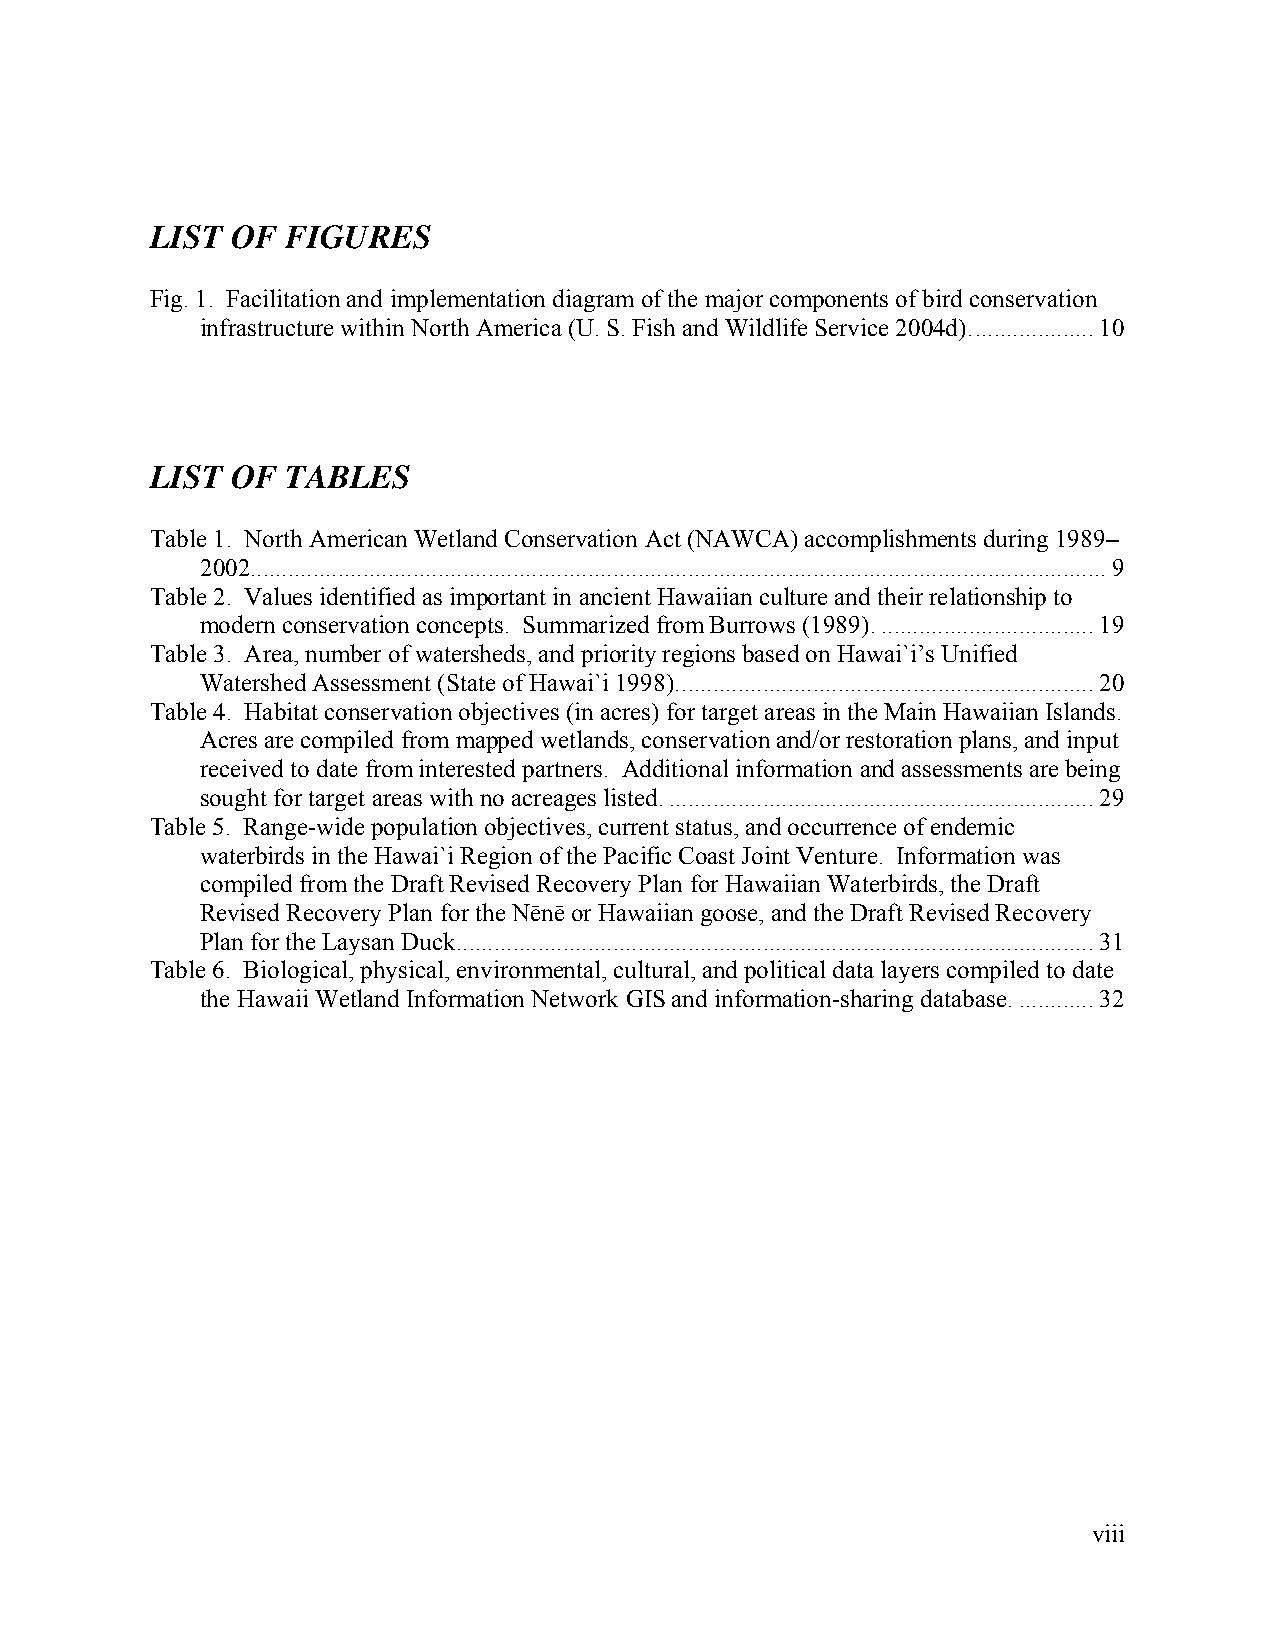
LIST OF  FIGURES
 Fig. 1. Facilitation and implementation diagram of the major components of bird conservation
 infrastructure within North America (U. S. Fish and Wildlife Service 2004d)....................10
 LIST OF  TABLES
 Table 1. North American Wetland Conservation Act (NAWCA) accomplishments during 1989–
 2002.........................................................................................................................................9
 Table 2. Values identified as important in ancient Hawaiian culture and their relationship to
 modern conservation concepts. Summarized from Burrows (1989)...................................19
 Table 3. Area, number of watersheds, and priority regions based on Hawai`i’s Unified
 Watershed Assessment (State of Hawai`i 1998)...................................................................20
 Table 4. Habitat conservation objectives (in acres) for target areas in the Main Hawaiian Islands.
 Acres are compiled from mapped wetlands, conservation and/or restoration plans, and input
 received to date from interested partners. Additional information and assessments are being
 sought for target areas with no acreages listed.....................................................................29
 Table 5. Range-wide population objectives, current status, and occurrence of endemic
 waterbirds in the Hawai`i Region of the Pacific Coast Joint Venture. Information was
 compiled from the Draft Revised Recovery Plan for Hawaiian Waterbirds, the Draft
 Revised Recovery Plan for the Nēnē or Hawaiian goose, and the Draft Revised Recovery
 Plan for the Laysan Duck......................................................................................................31
 Table 6. Biological, physical, environmental, cultural, and political data layers compiled to date
 the Hawaii Wetland Information Network GIS and information-sharing database.............32
 viii